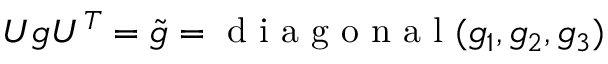
U g U ^ { T } = \tilde { g } = \mathrm { ~ d ~ i ~ a ~ g ~ o ~ n ~ a ~ l ~ } ( g _ { 1 } , g _ { 2 } , g _ { 3 } )